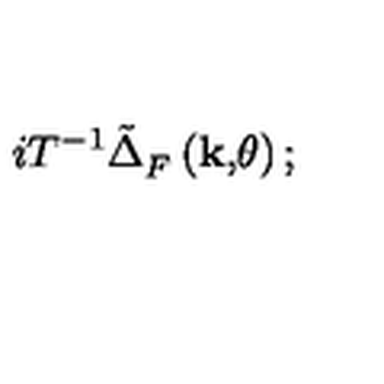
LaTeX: i T ^ { - 1 } \tilde { \Delta } _ { F } ^ { } \left( \mathbf { k , } \theta \right) ;